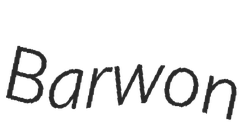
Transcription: Barwon